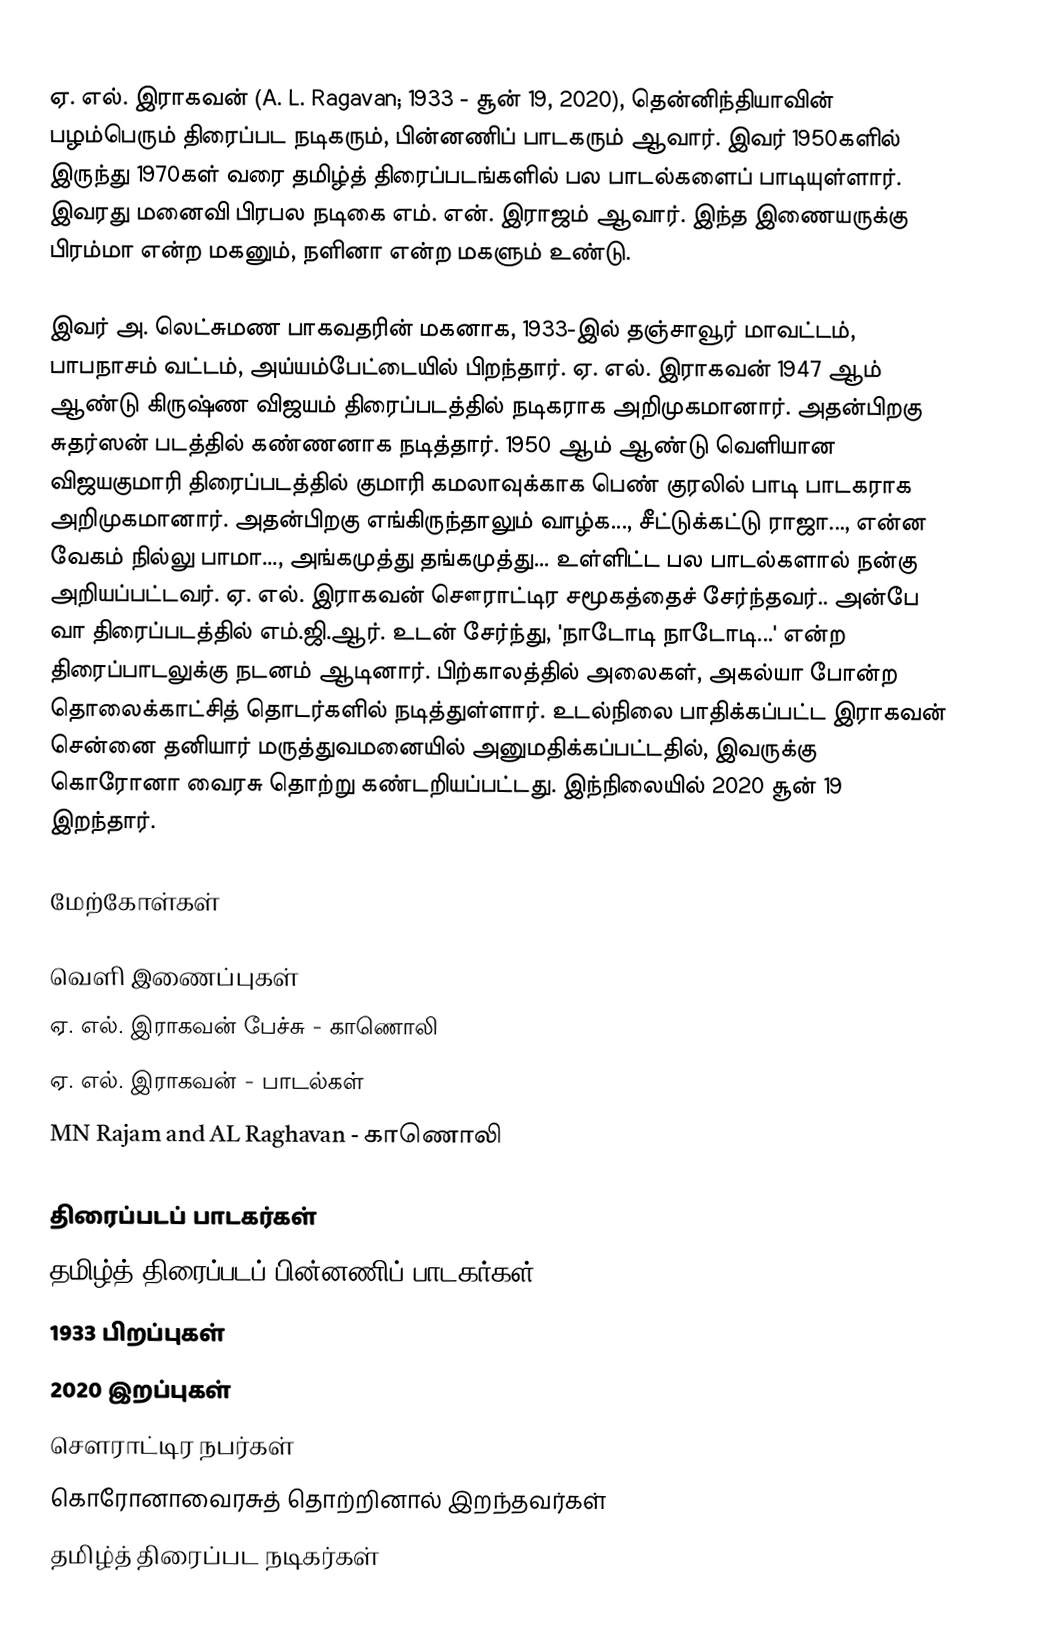
ஏ. எல். இராகவன் (A. L. Ragavan; 1933 - சூன் 19, 2020), தென்னிந்தியாவின் பழம்பெரும் திரைப்பட நடிகரும், பின்னணிப் பாடகரும் ஆவார். இவர் 1950களில் இருந்து 1970கள் வரை தமிழ்த் திரைப்படங்களில் பல பாடல்களைப் பாடியுள்ளார். இவரது மனைவி பிரபல நடிகை எம். என். இராஜம் ஆவார். இந்த இணையருக்கு பிரம்மா என்ற மகனும், நளினா என்ற மகளும் உண்டு.

இவர் அ. லெட்சுமண பாகவதரின் மகனாக, 1933-இல் தஞ்சாவூர் மாவட்டம், பாபநாசம் வட்டம், அய்யம்பேட்டையில் பிறந்தார். ஏ. எல். இராகவன் 1947 ஆம் ஆண்டு கிருஷ்ண விஜயம் திரைப்படத்தில் நடிகராக அறிமுகமானார். அதன்பிறகு சுதர்ஸன் படத்தில் கண்ணனாக நடித்தார். 1950 ஆம் ஆண்டு வெளியான விஜயகுமாரி திரைப்படத்தில் குமாரி கமலாவுக்காக பெண் குரலில் பாடி பாடகராக அறிமுகமானார். அதன்பிறகு எங்கிருந்தாலும் வாழ்க...,  சீட்டுக்கட்டு ராஜா..., என்ன வேகம் நில்லு பாமா..., அங்கமுத்து தங்கமுத்து... உள்ளிட்ட பல பாடல்களால் நன்கு அறியப்பட்டவர். ஏ. எல். இராகவன் சௌராட்டிர சமூகத்தைச் சேர்ந்தவர்.. அன்பே வா திரைப்படத்தில் எம்.ஜி.ஆர். உடன் சேர்ந்து, 'நாடோடி நாடோடி...' என்ற திரைப்பாடலுக்கு நடனம் ஆடினார்.  பிற்காலத்தில் அலைகள், அகல்யா போன்ற தொலைக்காட்சித் தொடர்களில் நடித்துள்ளார். உடல்நிலை பாதிக்கப்பட்ட இராகவன் சென்னை தனியார் மருத்துவமனையில் அனுமதிக்கப்பட்டதில், இவருக்கு கொரோனா வைரசு தொற்று கண்டறியப்பட்டது. இந்நிலையில் 2020 சூன் 19 இறந்தார்.

மேற்கோள்கள்

வெளி இணைப்புகள்
 ஏ. எல். இராகவன் பேச்சு - காணொலி
 ஏ. எல். இராகவன் - பாடல்கள்
   MN Rajam and AL Raghavan - காணொலி

திரைப்படப் பாடகர்கள்
தமிழ்த் திரைப்படப் பின்னணிப் பாடகர்கள்
1933 பிறப்புகள்
2020 இறப்புகள்
சௌராட்டிர நபர்கள்
கொரோனாவைரசுத் தொற்றினால் இறந்தவர்கள்
தமிழ்த் திரைப்பட நடிகர்கள்